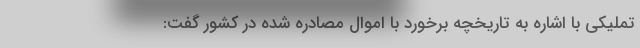
تملیکی با اشاره به تاریخچه برخورد با اموال مصادره شده در کشور گفت: